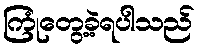
ကြုံတွေ့ခဲ့ရပါသည်